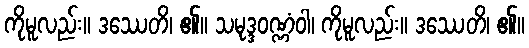
ကိုမူလည်း။ ဒဿေတိ၊ ၏။ သမုဒ္ဒဝဏ္ဏံဝါ၊ ကိုမူလည်း။ ဒဿေတိ၊ ၏။